Report on the working of the Ranchi Indian Mental Hospital, Kanke, in Bihar and Orissa - 1930-1940
Year: 1930
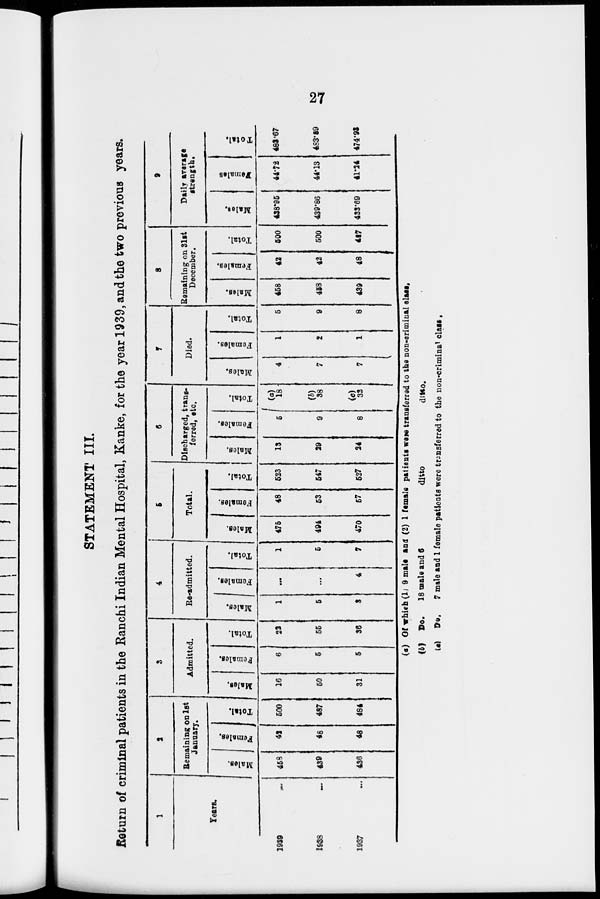
27
STATEMENT III.
Return of criminal patients in the Ranchi Indian Mental Hospital, Kanke, for the year 1939, and the two previous years.
1
Years.
1939
...
1938 ...
1937 ...
2
Remaining on 1st
January.
Males.
458
439
436
Females.
42
48
48
Total.
500
487
484
3
Admitted.
Males.
16
50
31
Females.
6
5
5
Total.
22
55
36
4
Re-admitted.
Males.
1
5
3
Females.
...
...
4
Total.
1
5
7
5
Total.
Males.
475
494
470
Females.
48
53
57
Total.
523
547
527
6
Discharged, trans-
ferred, etc.
Males.
13
29
24
Females.
6
9
8
Total.
(a)
18
(b)
38
(c)
32
7
Died.
Males.
4
7
7
Females.
1
2
1
Total.
5
9
8
8
Remaining on 31st
December.
Males.
458
458
439
Females.
42
42
48
Total.
500
500
487
9
Daily average
strength.
Males.
438.95
439.86
433.69
Females.
44.72
44.13
41.24
Total.
481.67
483.99
474.93
(a) Of which (1) 9 male and (2) 1 female patients were transferred to the non-criminal class,
(b) Do.
18 male and 6
ditto
ditto.
(c) Do. 7 male and 1 female patients were transferred to the non-criminal class.